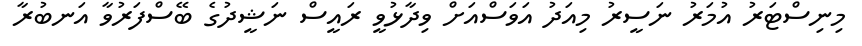
މިނިސްޓަރު އުމަރު ނަސީރު މިއަދު އަވަސްއަށް ވިދާޅުވީ ރައީސް ނަޝީދުގެ ބޭސްފަރުވާ އަނބުރާ